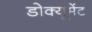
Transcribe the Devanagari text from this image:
डोक्यूमेंट